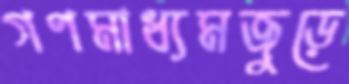
গণমাধ্যমজুড়ে